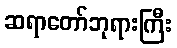
ဆရာတော်ဘုရားကြီး